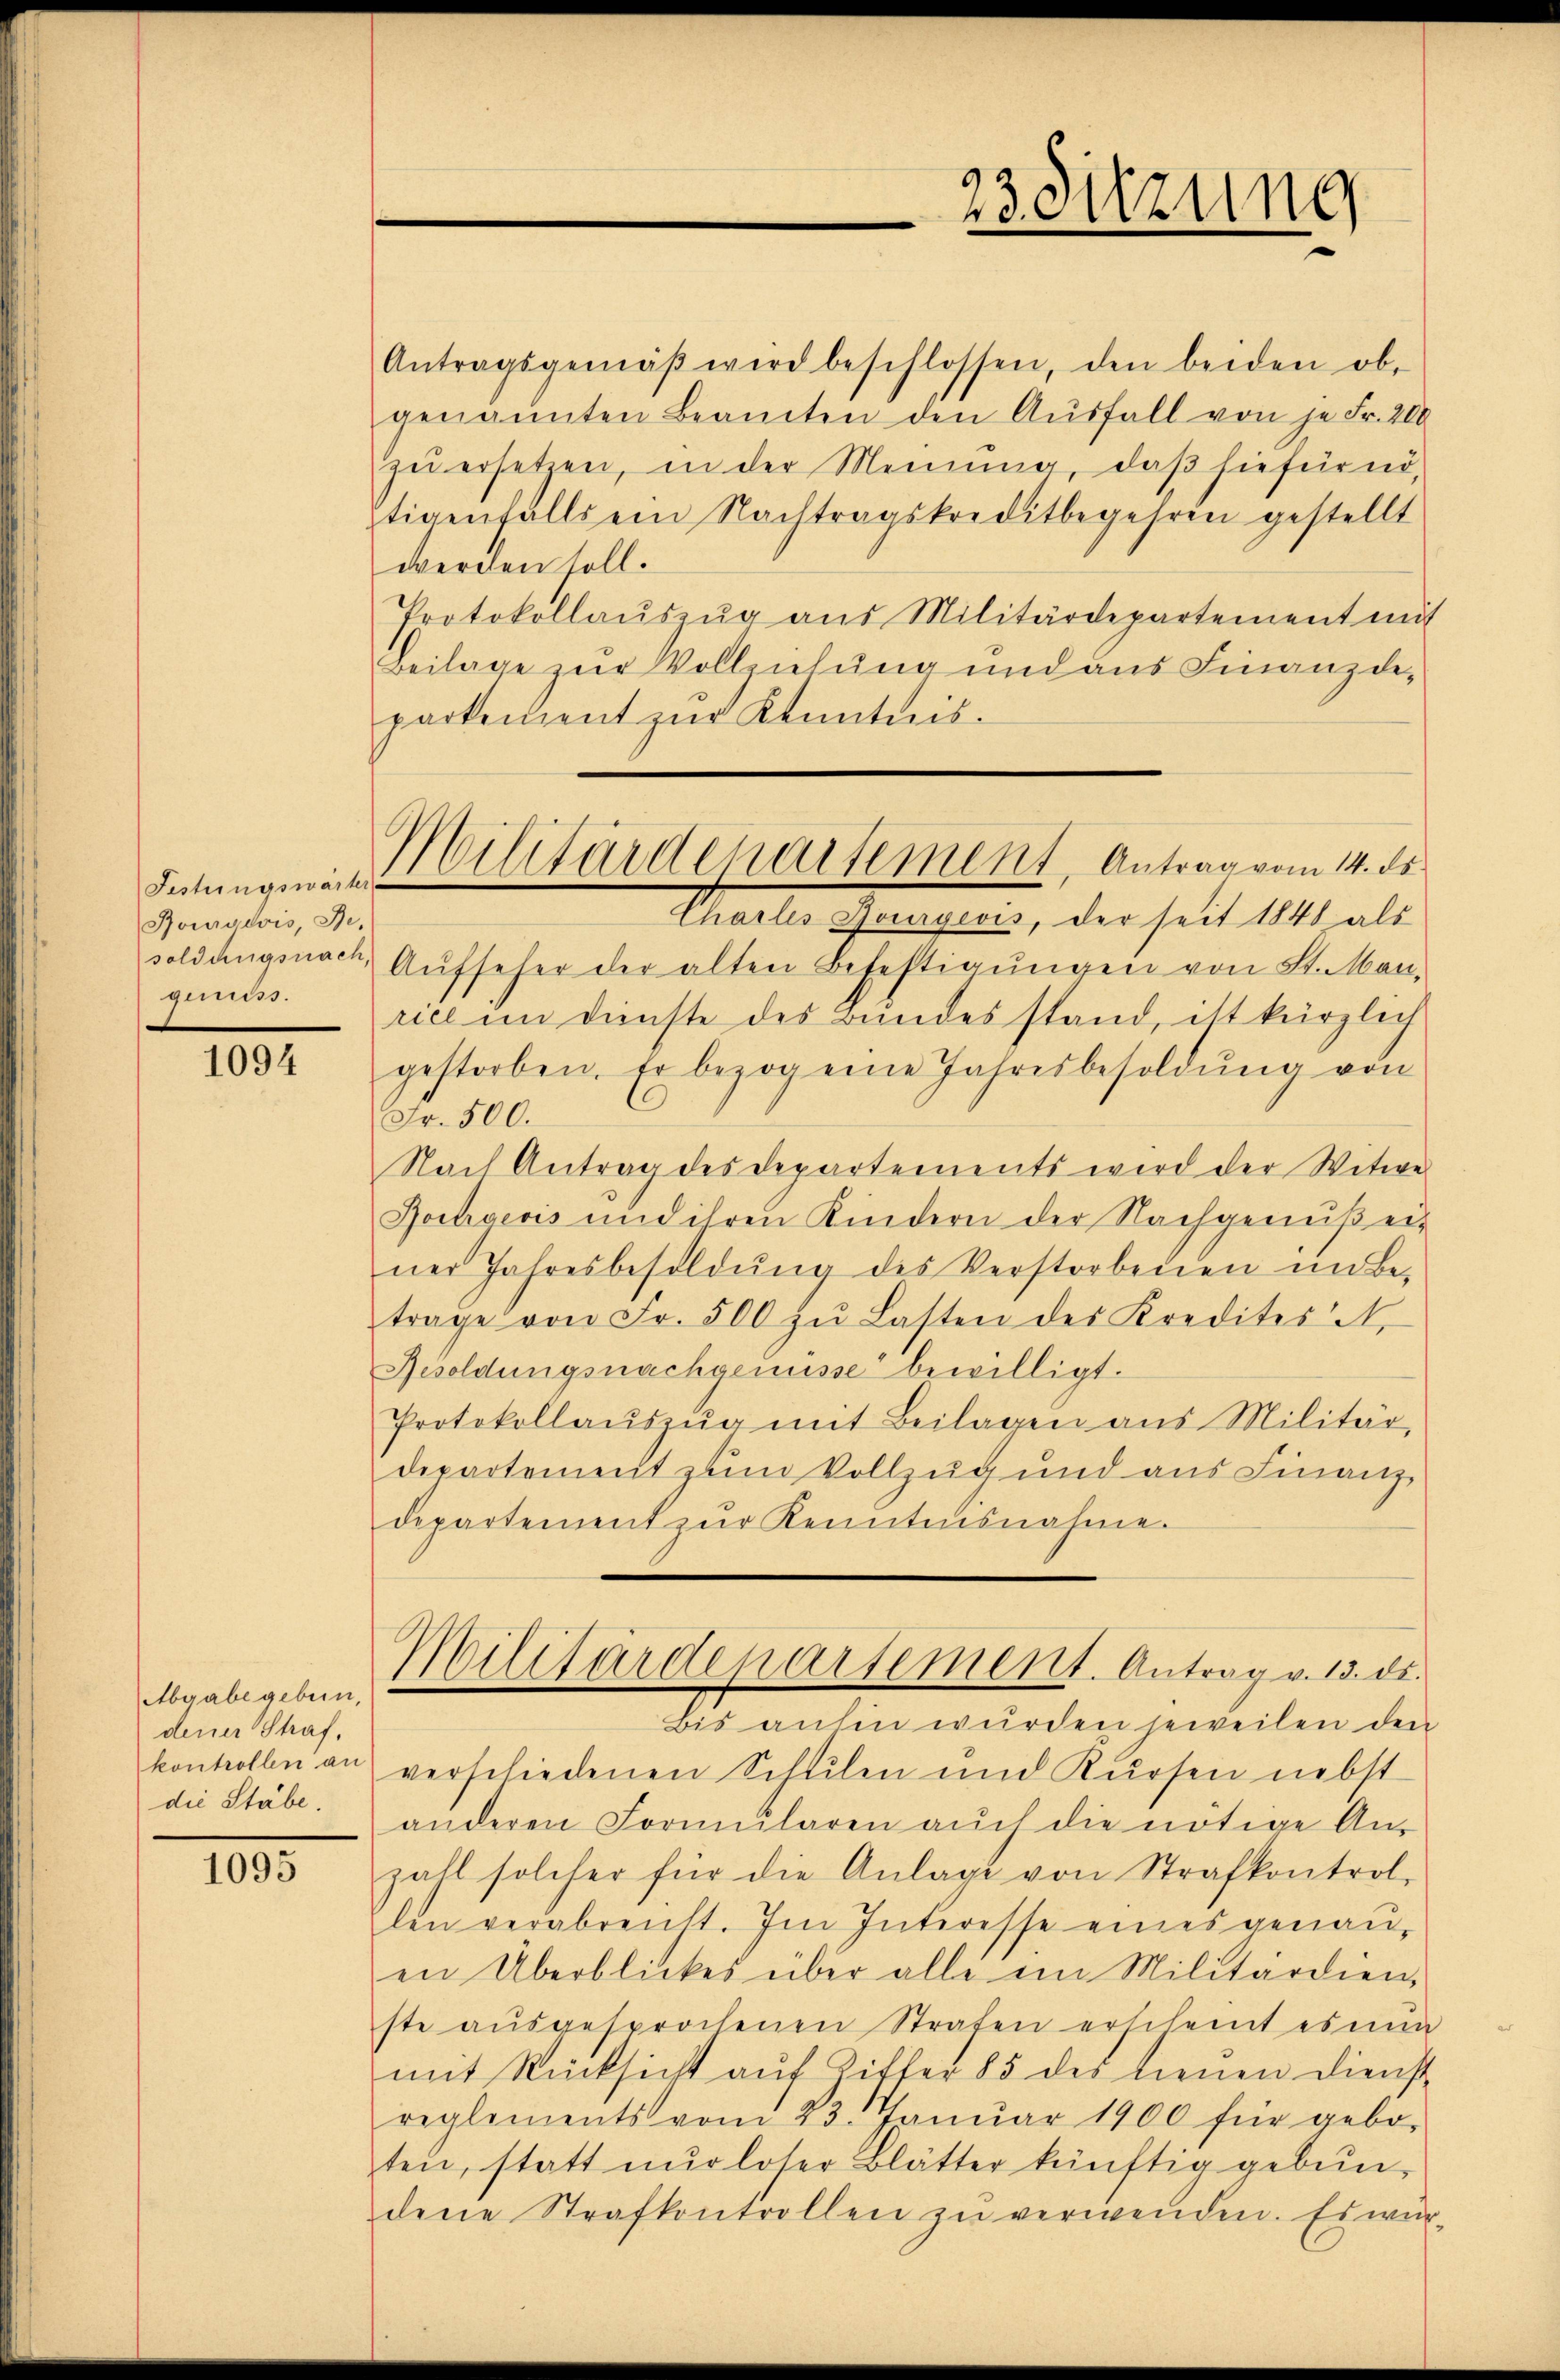
Rowudois, Be-
.

1094

Abgabe geben,
dener Straf,
kontrollen an
die Stabe

1095

Futung an Vilitärdepartement, Antrag vom 14. ds.

Antragsgemäβ wird beschlossen, den beiden ob-
genannten Beamten den Aŭsfall von je Fr. 200
zu ersetzen, in der Meinung, daß hiefür nö¬
Etigenfalls ein Nachtragskreditbegehren gestellt
werden soll.
Protokollaŭszŭg aŭs Militärdepartement mit
Beilage zur Vollziehung und aus Finanzdepartement zŭr Kenntnis¬
Charlis Bourgeois, der seit 1848 als
soldungsnach, Aŭfseher der alten Befestigŭngen von St. Man-
rice im Dienste des Bundes stand, ist kürzlich
gestorben. Er bezog eine Jahresbesoldŭng von
Fr. 500.
Nach Antrag des Departements wird der Witwe
Jochgeris und ihren Kindern der Nachgenuß einer Jahresbesoldŭng des Verstorbenen im Be-
trage von Fr. 500 zŭ Lasten des Kredites A.
Resoldungsnachgemüsse bewilligt.
Protokollaŭszŭg mit Beilagen aus Militär,
departement zum Vollzug und aus Finanz
departement zŭr Kenntnisnahme.
Militärdepartement. Antrag v. 13. ds.
Bis anhin wurden jeweilen den
verschiedenen Schulen und Kursen nebst
anderen Formŭlaren aŭch die nötige An-
zall solcher für die Anlage von Strafkontrol-
len verabreicht. Im Interesse eines genau,
en Überblickes über alle im Militärdien-
ste aŭsgesprochenen Strafen erscheint es nŭn
mit Rücksicht auf Ziffer 85 des treuen dienst
reglements vom 23. Janŭar 1900 für gebo-
ten, statt nŭr loser Blätter künftig gebun-
dene Strafkontrollen zu verwenden. Es wir

23 Sitzung